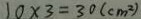
1 0 \times 3 = 3 0 ( c m ^ { 2 } )